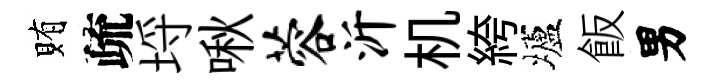
賄疏埓啾蓉沂机絝壚飯男